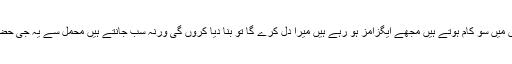
اتنی فارغ نہیں ہوں میں سو کام ہوتے ہیں مجھے ایگزامز ہو رہے ہیں میرا دل کرے گا تو بنا دیا کروں گی ورنہ سب جانتے ہیں محمل سے یہ جی حضوریاں نہیں ہوتیں۔